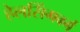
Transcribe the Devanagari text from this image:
हेलसिंगबर्ग